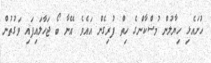
ހުށައެޅި ހިޔާލުން މުސްކާންގެ ހިތް ފުރިގެން އައެވެ އޭނާ ބޯ ޖަހާލައިފައި ވަގުތުން